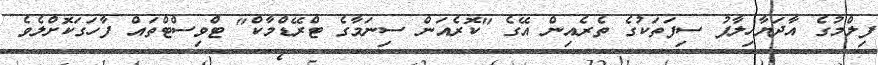
ފިލްމުގެ އާދަޔާހިލާފު ސިފަތަކުގެ ތެރެއިން އޭގެ "ކޮރެއަން ސިނަމާގެ ޓްރޭޑްމާކް" ޓްވިސްޓްތައް ފާހަގަކޮށްލެވެ